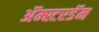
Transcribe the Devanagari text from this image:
अॅम्स्टरडॅम